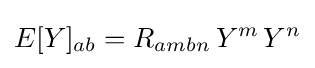
E[Y]_{ab}=R_{ambn}\,Y^{m}\,Y^{n}